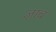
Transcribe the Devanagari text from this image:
ज़ाब